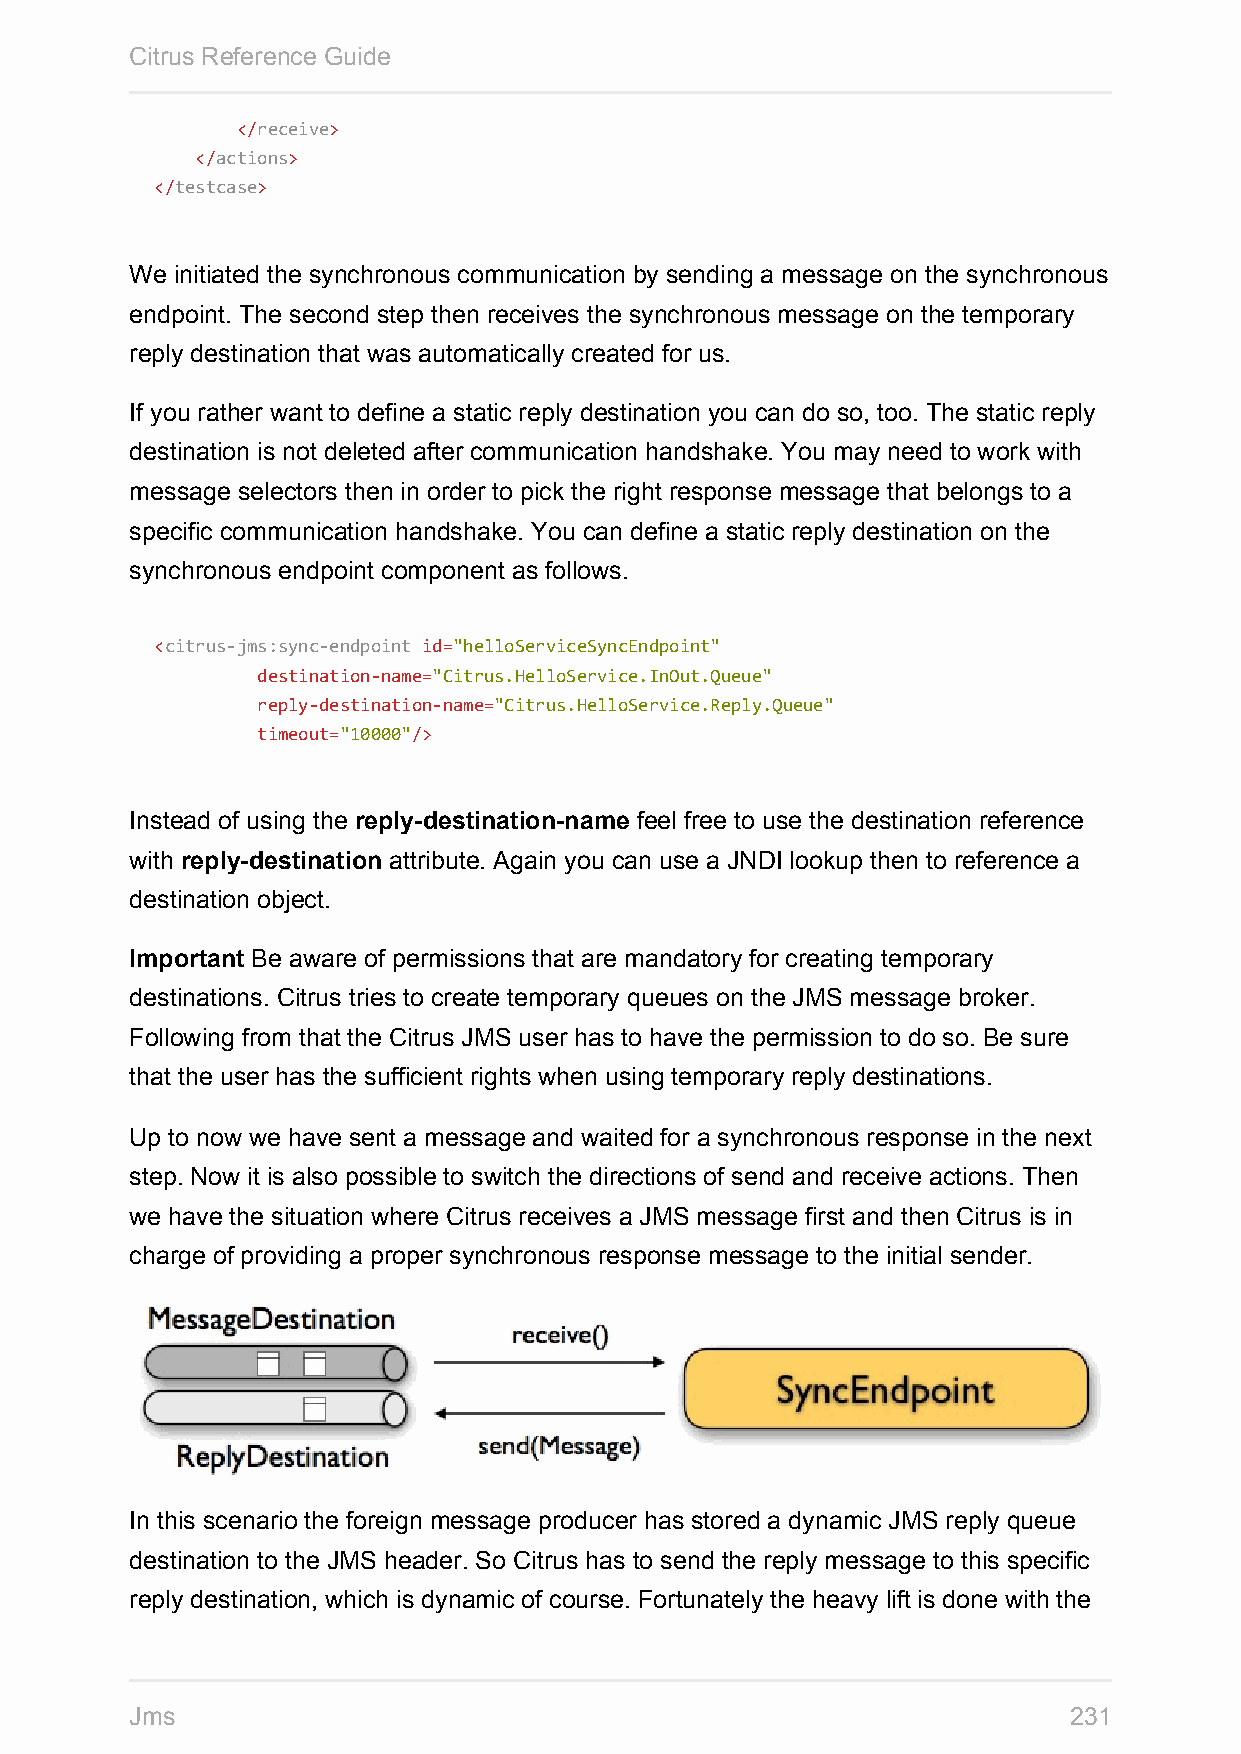
Citrus Reference Guide
 </receive>
 </actions>
 </testcase>
 We initiated the synchronous communication by sending a message on the synchronous
 endpoint. The second step then receives the synchronous message on the temporary
 reply destination that was automatically created for us.
 If you rather want to define a static reply destination you can do so, too. The static reply
 destination is not deleted after communication handshake. You may need to work with
 message selectors then in order to pick the right response message that belongs to a
 specific communication handshake. You can define a static reply destination on the
 synchronous endpoint component as follows.
 <citrus-jms:sync-endpoint id="helloServiceSyncEndpoint"
 destination-name="Citrus.HelloService.InOut.Queue"
 reply-destination-name="Citrus.HelloService.Reply.Queue"
 timeout="10000"/>
 Instead of using the reply-destination-name feel free to use the destination reference
 with reply-destination attribute. Again you can use a JNDI lookup then to reference a
 destination object.
 Important Be aware of permissions that are mandatory for creating temporary
 destinations. Citrus tries to create temporary queues on the JMS message broker.
 Following from that the Citrus JMS user has to have the permission to do so. Be sure
 that the user has the sufficient rights when using temporary reply destinations.
 Up to now we have sent a message and waited for a synchronous response in the next
 step. Now it is also possible to switch the directions of send and receive actions. Then
 we have the situation where Citrus receives a JMS message first and then Citrus is in
 charge of providing a proper synchronous response message to the initial sender.
 In this scenario the foreign message producer has stored a dynamic JMS reply queue
 destination to the JMS header. So Citrus has to send the reply message to this specific
 reply destination, which is dynamic of course. Fortunately the heavy lift is done with the
 Jms                                                           231